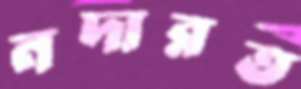
নদারত